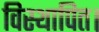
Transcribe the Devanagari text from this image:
विस्थापित।